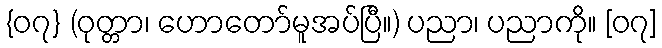
{၀၇} (ဝုတ္တာ၊ ဟောတော်မူအပ်ပြီ။) ပညာ၊ ပညာကို။ [၀၇]